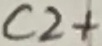
Text: C2+